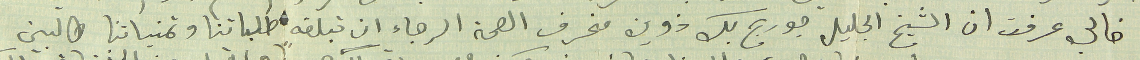
خالي عرفت ان الشيخ الجليل جورج بك زوين منحرف الصحة الرجاء ان تبلغه طلباتنا وتمنياتنا طالبين